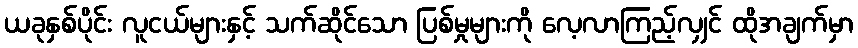
ယခုနှစ်ပိုင်း လူငယ်များနှင့် သက်ဆိုင်သော ပြစ်မှုများကို လေ့လာကြည့်လျှင် ထိုအချက်မှာ